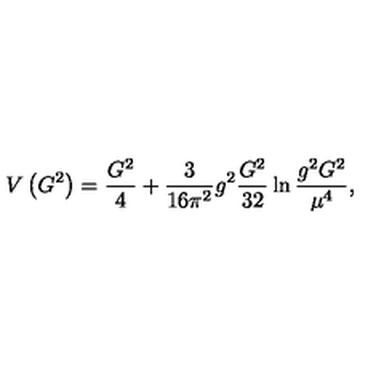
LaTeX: V \left( G ^ { 2 } \right) = \frac { G ^ { 2 } } 4 + \frac 3 { 1 6 \pi ^ { 2 } } g ^ { 2 } \frac { G ^ { 2 } } { 3 2 } \ln \frac { g ^ { 2 } G ^ { 2 } } { \mu ^ { 4 } } ,